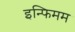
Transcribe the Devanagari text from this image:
इन्फिमम